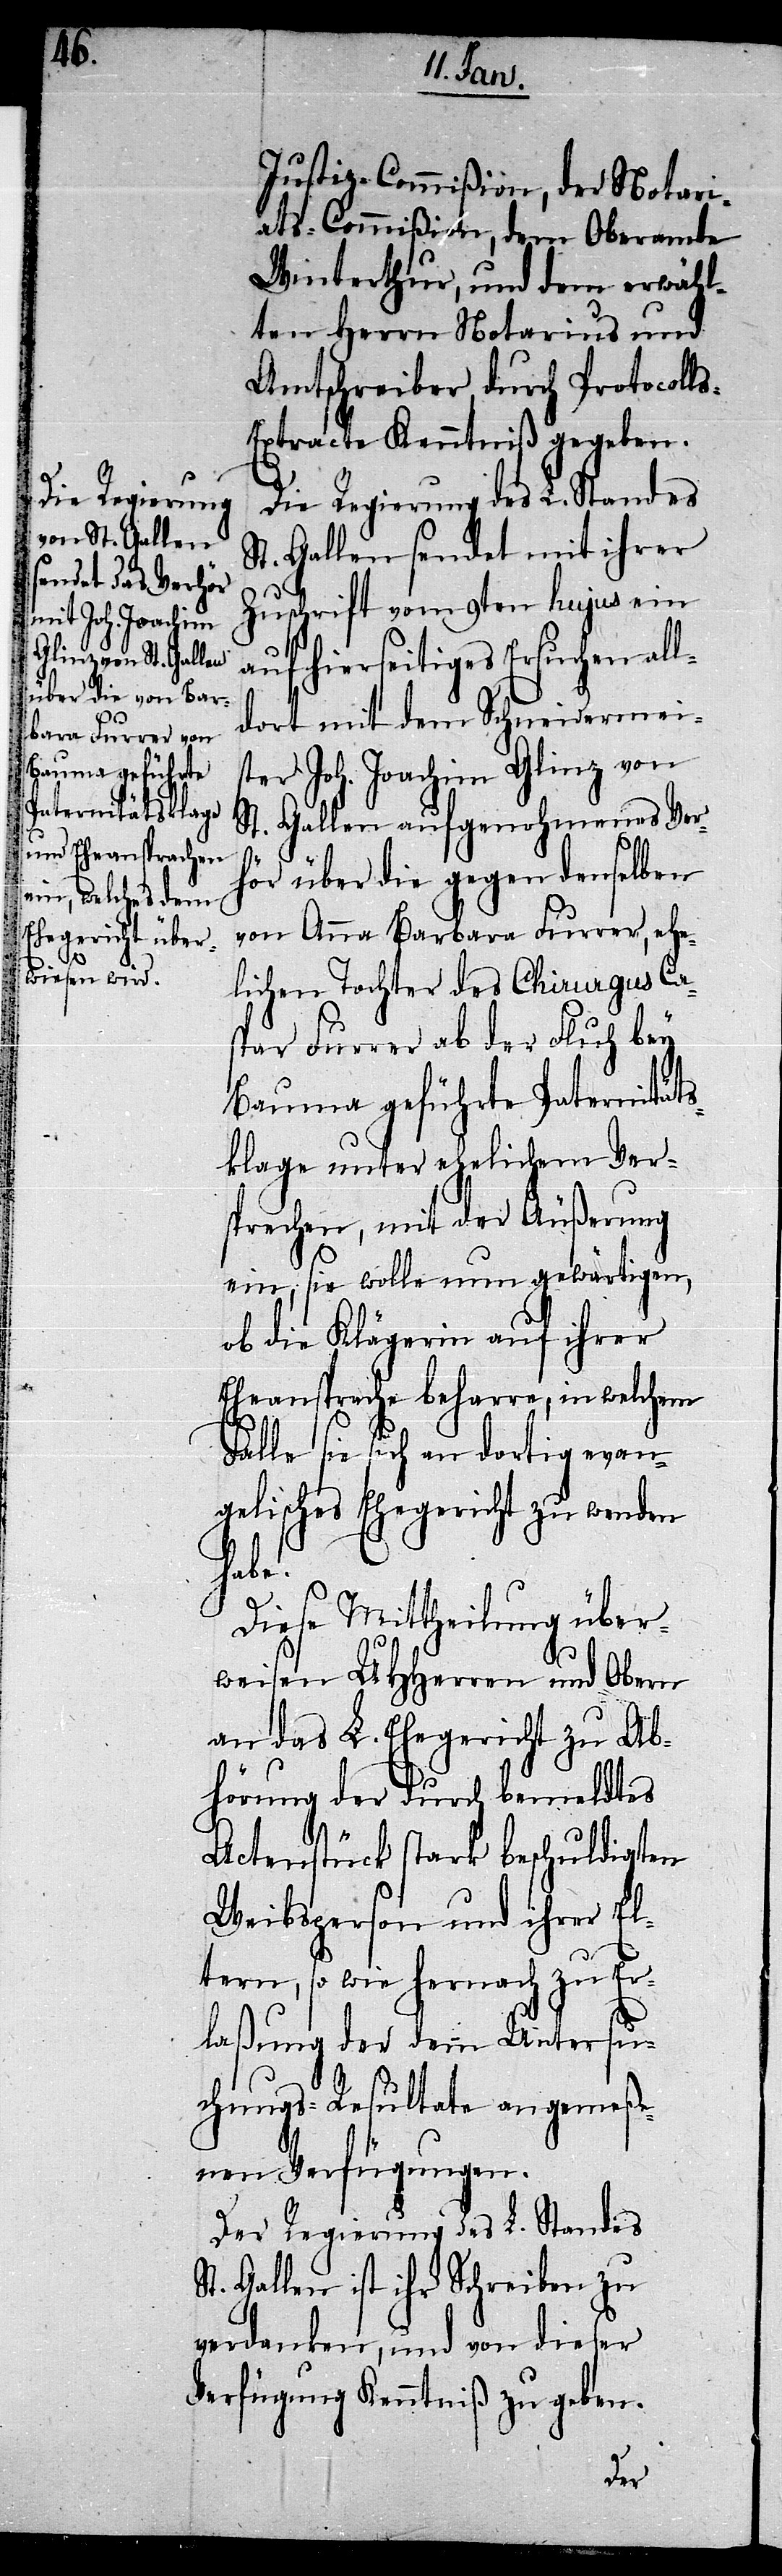
Justiz-Commißion, der Notari¬
ats-Commißion, dem Oberamte
Winterthur, und dem erwähl¬
ten Herrn Notarius und
Amtschreiber, durch Protocoll¬
s-Extracte Kenntniß gegeben.
Die Regierung des L. Standes
St. Gallen sendet mit ihrer
Zuschrift vom 9ten hujus ein
auf hierseitiges Ersuchen all¬
dort mit dem Schneidermeis¬
ter Joh. Joachim Glinz von
St. Gallen aufgenohmenes Ver¬
hör über die gegen denselben
von Anna Barbara Furrer, ehe¬
lichen Tochter des Chirurgus Ca¬
spar Furrer ab der Fluh bey
Bauma geführte Paternitäts¬
klage unter ehelichem Ver¬
sprechen, mit der Äußerung
ein, sie wolle nun gewärtigen,
ob die Klägerin auf ihrer
Eheansprache beharre, in welchem
Falle sie sich an dortig evan¬
gelisches Ehegericht zu wenden
habe.
Diese Mittheilung über¬
weisen UHHerren und Obern
an das L. Ehegericht zu Ab¬
hörung der durch bemeldtes
Actenstück stark beschuldigten
Weibsperson und ihrer El¬
tern, so wie hernach zu Er¬
laßung der dem Untersu¬
chungs-Resultate angemeße¬
nen Verfügungen.
Der Regierung des L. Standes
St. Gallen ist ihr Schreiben zu
verdanken, und von dieser
Verfügung Kenntniß zu geben.